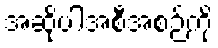
အဆိုပါအစီအစဉ်ကို